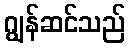
ဂျွန်ဆင်သည်